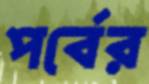
পর্বের